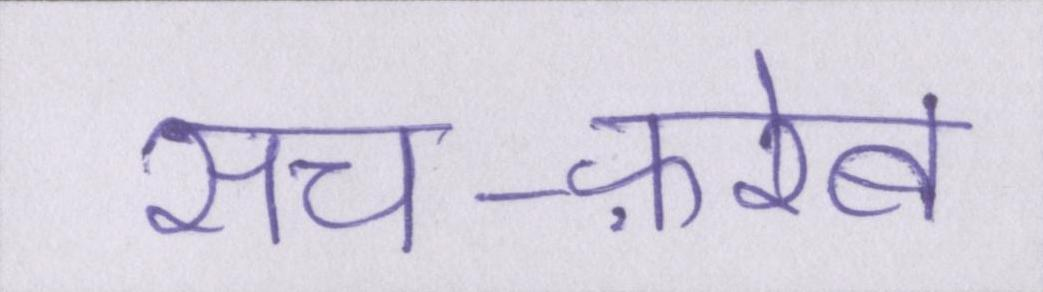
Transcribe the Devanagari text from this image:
सच-फ़रेब